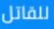
للقاتل